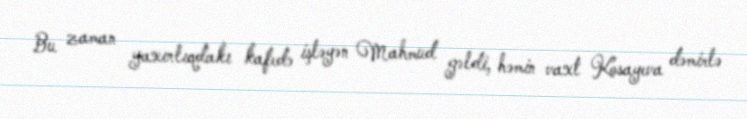
Bu zaman yaxınlıqdakı kafedə işləyən Mahmud gəldi, həmin vaxt Kosayeva dəmirlə